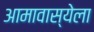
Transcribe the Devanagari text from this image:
आमावास्येला